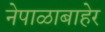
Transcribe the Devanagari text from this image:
नेपाळाबाहेर